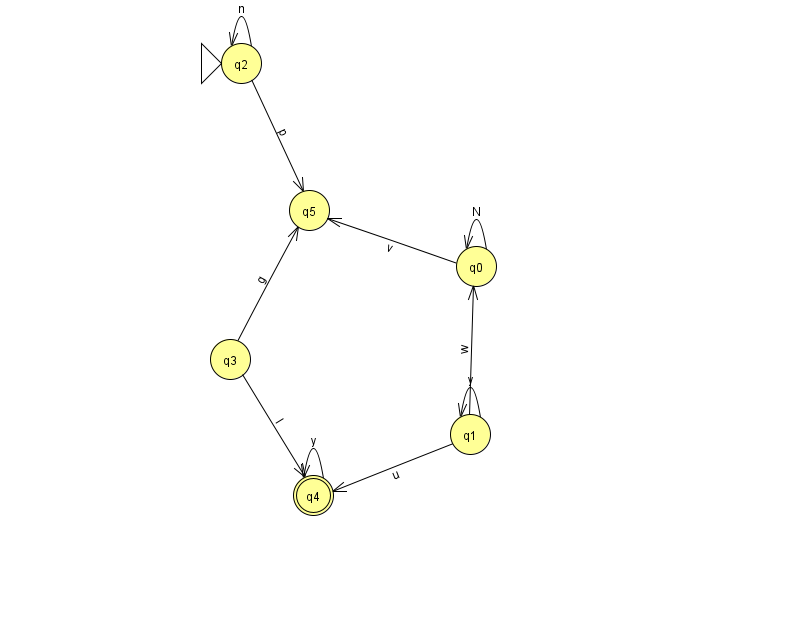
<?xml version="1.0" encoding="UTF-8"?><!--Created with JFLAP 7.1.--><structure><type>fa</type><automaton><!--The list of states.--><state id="0" name="q0"><x>476.0</x><y>253.0</y></state><state id="1" name="q1"><x>470.0</x><y>421.0</y></state><state id="2" name="q2"><x>241.0</x><y>50.0</y><initial/></state><state id="3" name="q3"><x>230.0</x><y>346.0</y></state><state id="4" name="q4"><x>313.0</x><y>482.0</y><final/></state><state id="5" name="q5"><x>309.0</x><y>197.0</y></state><!--The list of transitions.--><transition><from>3</from><to>5</to><read>g</read></transition><transition><from>0</from><to>5</to><read>v</read></transition><transition><from>1</from><to>4</to><read>u</read></transition><transition><from>3</from><to>4</to><read>l</read></transition><transition><from>1</from><to>1</to><read>y</read></transition><transition><from>4</from><to>4</to><read>y</read></transition><transition><from>1</from><to>0</to><read>w</read></transition><transition><from>0</from><to>0</to><read>N</read></transition><transition><from>2</from><to>2</to><read>n</read></transition><transition><from>2</from><to>5</to><read>p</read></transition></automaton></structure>